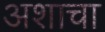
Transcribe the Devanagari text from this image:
अशाचा